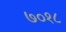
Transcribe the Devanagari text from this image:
७०१८